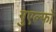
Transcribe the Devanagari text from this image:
गुएल्फों